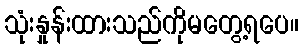
သုံးနှုန်းထားသည်ကိုမတွေ့ရပေ။